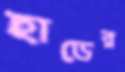
হাডের